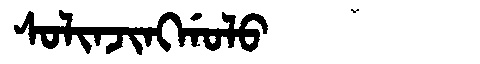
Manchu: ᠰᠣᠯᡳᠨᠵᡳᠩᡤᠣᠯᠣ
Romanization: SOLINJINGGOLO